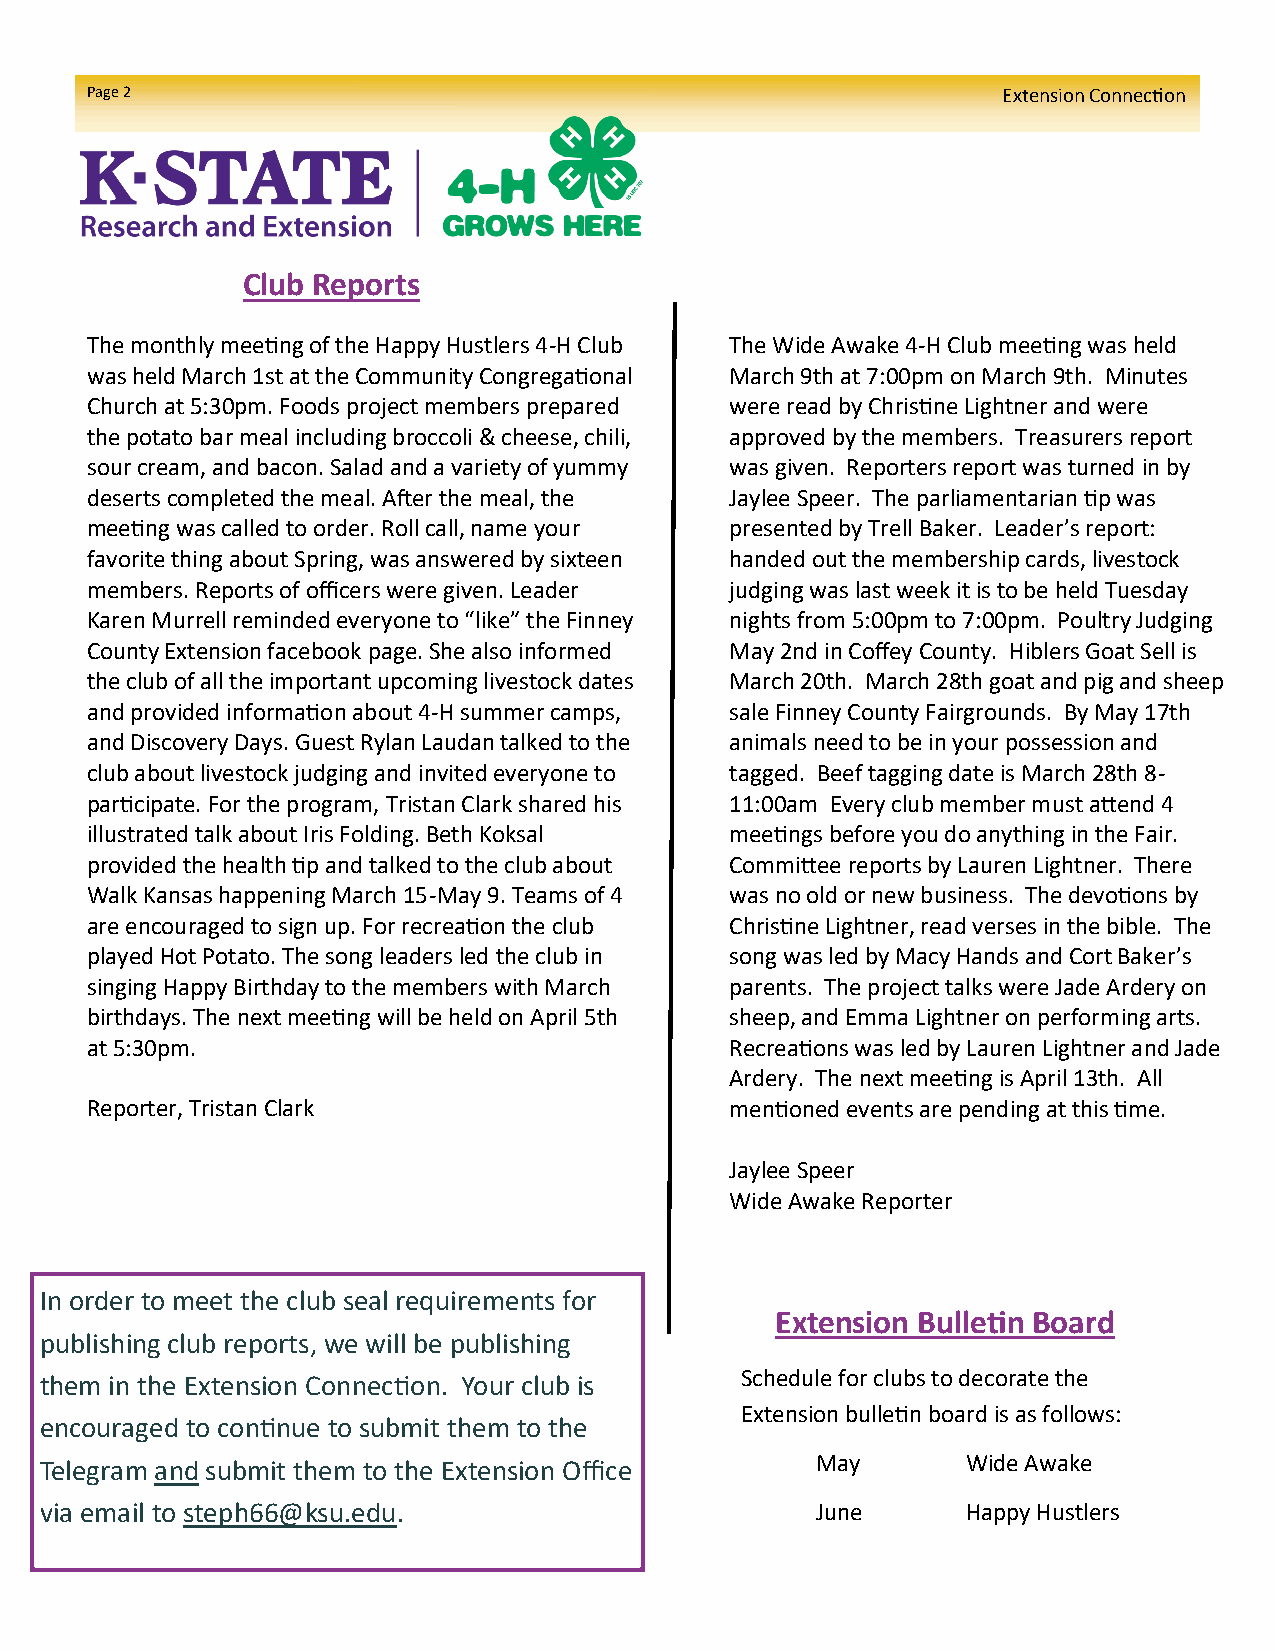
Page 2                                                      Extension Connection
 Club Reports
 The monthly meeting of the Happy Hustlers 4-H Club The Wide Awake 4-H Club meeting was held
 was held March 1st at the Community Congregational March 9th at 7:00pm on March 9th. Minutes
 Church at 5:30pm. Foods project members prepared were read by Christine Lightner and were
 the potato bar meal including broccoli & cheese, chili, approved by the members. Treasurers report
 sour cream, and bacon. Salad and a variety of yummy was given. Reporters report was turned in by
 deserts completed the meal. After the meal, the Jaylee Speer. The parliamentarian tip was
 meeting was called to order. Roll call, name your presented by Trell Baker. Leader’s report:
 favorite thing about Spring, was answered by sixteen handed out the membership cards, livestock
 members. Reports of officers were given. Leader judging was last week it is to be held Tuesday
 Karen Murrell reminded everyone to “like” the Finney nights from 5:00pm to 7:00pm. Poultry Judging
 County Extension facebook page. She also informed May 2nd in Coffey County. Hiblers Goat Sell is
 the club of all the important upcoming livestock dates March 20th. March 28th goat and pig and sheep
 and provided information about 4-H summer camps, sale Finney County Fairgrounds. By May 17th
 and Discovery Days. Guest Rylan Laudan talked to the animals need to be in your possession and
 club about livestock judging and invited everyone to tagged. Beef tagging date is March 28th 8-
 participate. For the program, Tristan Clark shared his 11:00am Every club member must attend 4
 illustrated talk about Iris Folding. Beth Koksal meetings before you do anything in the Fair.
 provided the health tip and talked to the club about Committee reports by Lauren Lightner. There
 Walk Kansas happening March 15-May 9. Teams of 4 was no old or new business. The devotions by
 are encouraged to sign up. For recreation the club Christine Lightner, read verses in the bible. The
 played Hot Potato. The song leaders led the club in song was led by Macy Hands and Cort Baker’s
 singing Happy Birthday to the members with March parents. The project talks were Jade Ardery on
 birthdays. The next meeting will be held on April 5th sheep, and Emma Lightner on performing arts.
 at 5:30pm.                                Recreations was led by Lauren Lightner and Jade
 Ardery. The next meeting is April 13th. All
 Reporter, Tristan Clark                   mentioned events are pending at this time.
 Jaylee Speer
 Wide Awake Reporter
 In order to meet the club seal requirements for
 Extension Bulletin Board
 publishing club reports, we will be publishing
 them in the Extension Connection. Your club is Schedule for clubs to decorate the
 Extension bulletin board is as follows:
 encouraged to continue to submit them to the
 Telegram and submit them to the Extension Office   May       Wide Awake
 via email to steph66@ksu.edu.                      June      Happy Hustlers